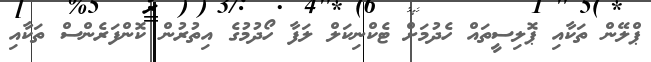
ޕްލޭން ތަކާއި ޕޮލިސީތައް ހެދުމަށް ޓެކްނިކަލް ލަފާ ހޯދުމުގެ އިތުރުން ކޮންފަރެންސް ތަކާއި